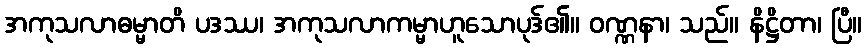
အကုသလာဓမ္မာတိ ပဒဿ၊ အကုသလာကမ္မာဟူသောပုဒ်၏။ ဝဏ္ဏနာ၊ သည်။ နိဋ္ဌိတာ၊ ပြီ။